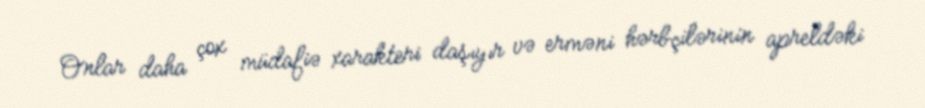
Onlar daha çox müdafiə xarakteri daşıyır və erməni hərbçilərinin apreldəki